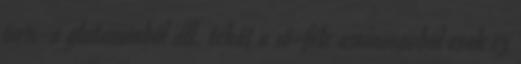
60%-a glutaminból áll, tehát a 18-féle aminosavból csak ez